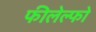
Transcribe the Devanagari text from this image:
फीलेल्फो